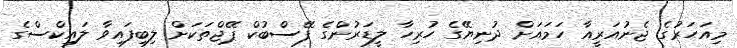
މިއަހަރުގެ ޖެނުއަރީއާ ހަމައަށް ދުނިޔޭގެ ހުރިހާ ލީޑަރުންގެ ފޭސްބުކް ޕޭޖްތަކަށް ލިބިފައިވާ ލައިކްސްގެ